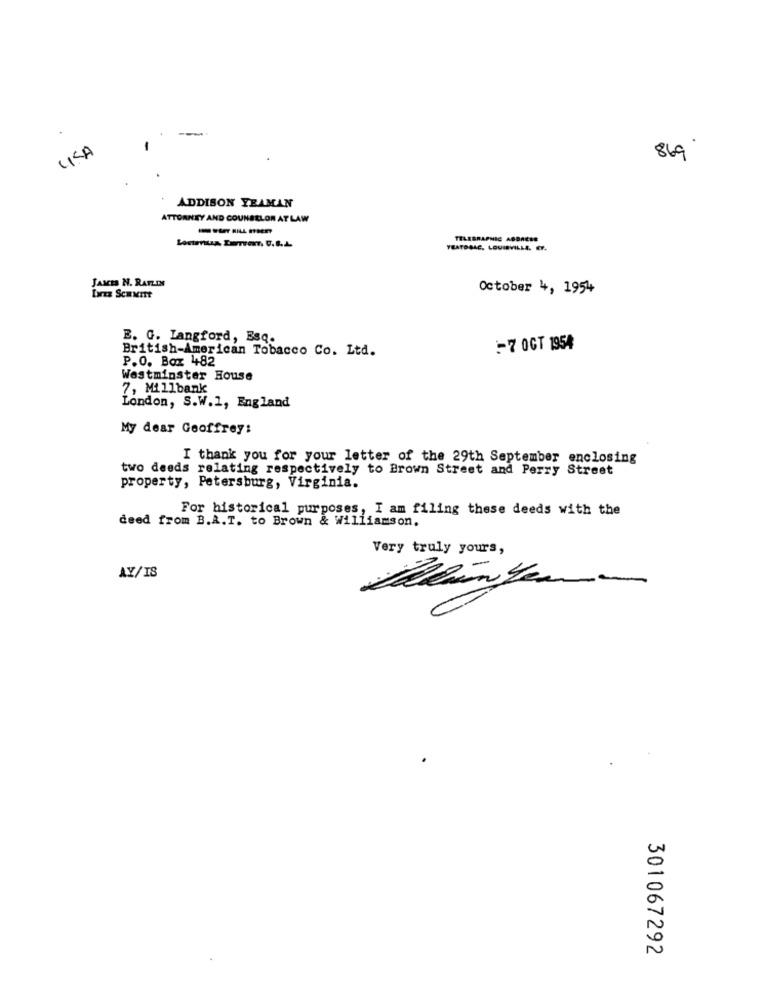
LISA
869
ADDISON YEAMAN
ATTORNEY AND COUNSELOR AT LAW
TELEGRAPHIC ADDRESS
YEATOBAC, LOUISVILLE. ET.
JAMES N. RAYLIN
October 4, 1954
E. G. Langford, Esq.
British-American Tobacco Co. Ltd.
-7 OCT 1954
P.O. Box 482
Westminster House
7, Millbank
London, S.W.1, England
My dear Geoffrey:
I thank you for your letter of the 29th September enclosing
two deeds relating respectively to Brown Street and Perry Street
property, Petersburg, Virginia.
For historical purposes, I am filing these deeds with the
deed from B.A.T. to Brown & Williamson.
Very truly yours,
AY/IS
301067292